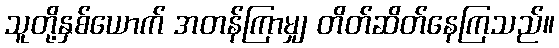
သူတို့နှစ်ယောက် အတန်ကြာမျှ တိတ်ဆိတ်နေကြသည်။